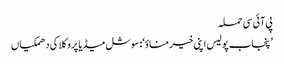
پی آئی سی حملہ
’پنجاب پولیس اپنی خیر مناؤ‘: سوشل میڈیا پر وکلا کی دھمکیاں